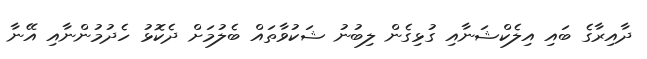
ދާއިރާގެ ބައި އިލެކްޝަނާއި ގުޅިގެން ލިބުނު ޝަކުވާތައް ބެލުމަށް ދެކޮޅު ހެދުމުންނާއި އޭނާ